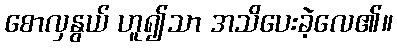
စောလှနွယ် ဟူ၍သာ အသိပေးခဲ့လေ၏။